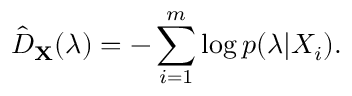
\hat { D } _ { \mathbf { X } } ( \boldsymbol { \lambda } ) = - \sum _ { i = 1 } ^ { m } \log p ( \boldsymbol { \lambda } | X _ { i } ) .